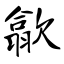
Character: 歙